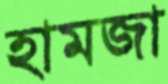
হামজা